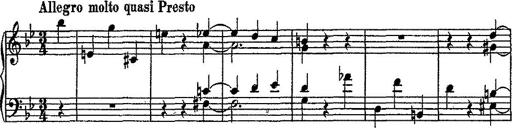
Title: Scherzo
Composer: Rogelio Villar
Key: D minor